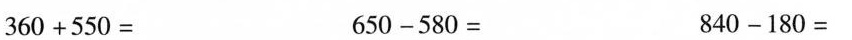
$$3 6 0 + 5 5 0 = 6 5 0 - 5 8 0 = 8 4 0 - 1 8 0 =$$